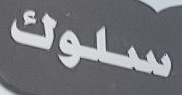
سلوك